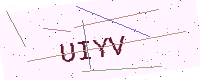
Text: UIYV